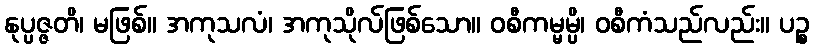
နုပ္ပဇ္ဇတိ၊ မဖြစ်။ အကုသလံ၊ အကုသိုလ်ဖြစ်သော။ ဝစီကမ္မမ္ပိ၊ ဝစီကံသည်လည်း။ ပဉ္စ